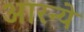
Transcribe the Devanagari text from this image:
आरन्ये